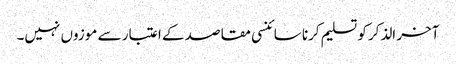
آخر الذکر کو تسلیم کرنا سائنسی مقاصد کے اعتبار سے موزوں نہیں۔